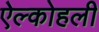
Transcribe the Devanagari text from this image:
ऐल्कोहली